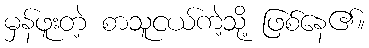
မှန်ဖူးတဲ့ စာသူငယ်ကဲ့သို့ ဖြစ်နေ၏။